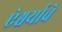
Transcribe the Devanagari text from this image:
ऐश्वर्याचे